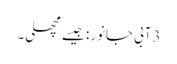
3آبی جانور: جیسے مچھلی۔